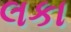
લકા